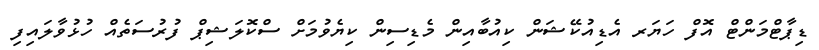
ޑިޕާޓްމަންޓް އޮފް ހަޔަރ އެޑިއުކޭޝަން ކިއުބާއިން މެޑިސިން ކިޔެވުމަށް ސްކޮލަޝިޕް ފުރުސަތެއް ހުޅުވާލައިފި